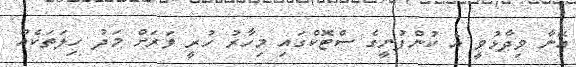
އޭނާ ވިދާޅުވީ އެ ކުންފުނީގެ ސްޓޮކްގައި މިހާރު ހުރީ ވަރަށް މަދު ހިލަތަކެއް